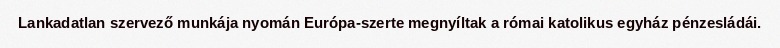
Lankadatlan szervező munkája nyomán Európa-szerte megnyíltak a római katolikus egyház pénzesládái.